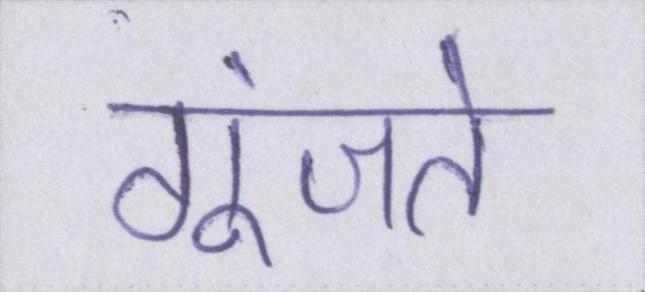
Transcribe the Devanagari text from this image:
गूंजते